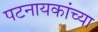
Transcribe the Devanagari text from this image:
पटनायकांच्या